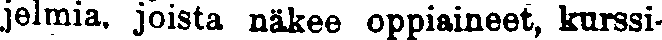
jelmia, joista näkee oppiaineet, kurssi-